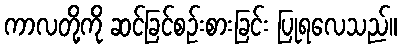
ကာလတို့ကို ဆင်ခြင်စဉ်းစားခြင်း ပြုရလေသည်။